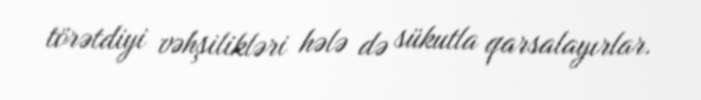
törətdiyi vəhşilikləri hələ də sükutla qarsalayırlar.